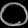
Digit: ၀